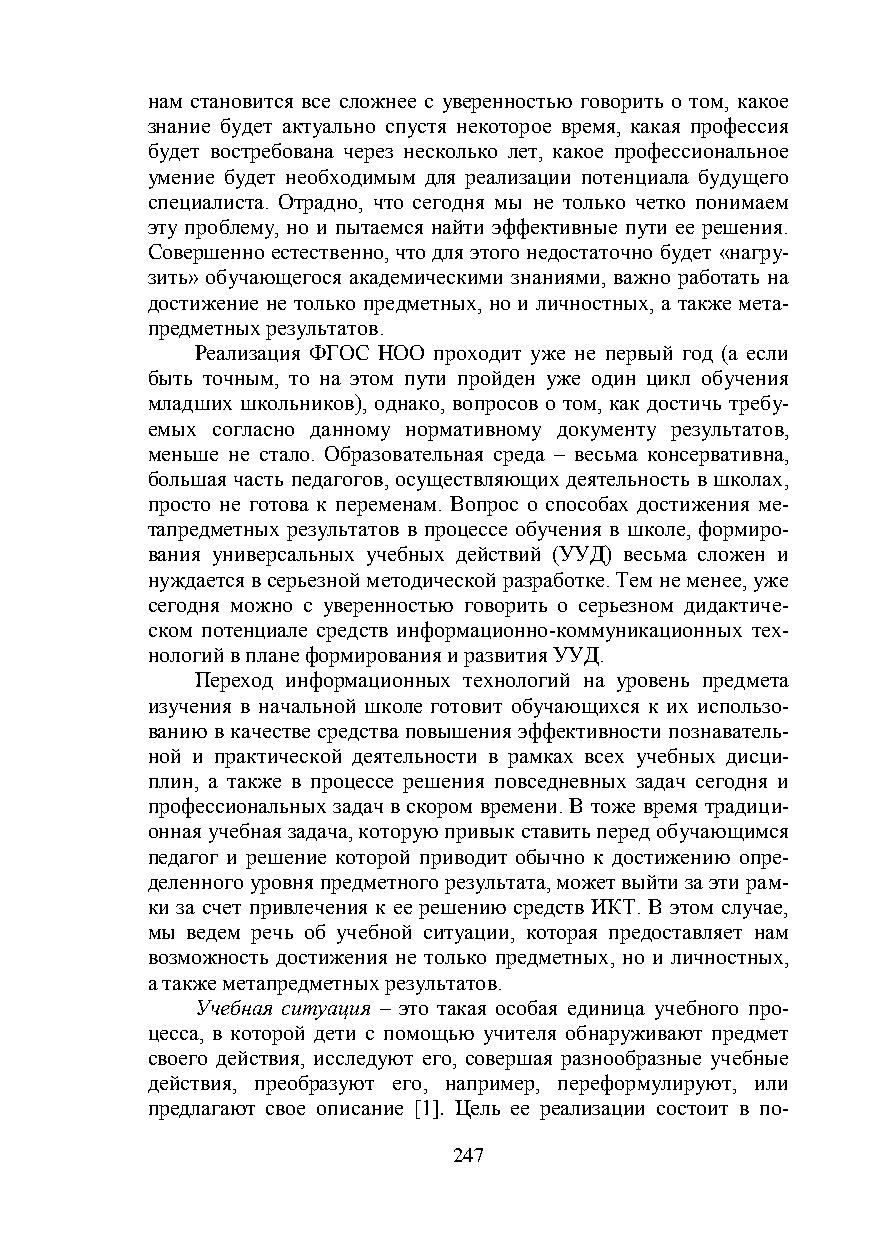
нам становится все сложнее с уверенностью говорить о том, какое
 знание будет актуально спустя некоторое время, какая профессия
 будет востребована через несколько лет, какое профессиональное
 умение будет необходимым для реализации потенциала будущего
 специалиста. Отрадно, что сегодня мы не только четко понимаем
 эту проблему, но и пытаемся найти эффективные пути ее решения.
 Совершенно естественно, что для этого недостаточно будет «нагру-
 зить» обучающегося академическими знаниями, важно работать на
 достижение не только предметных, но и личностных, а также мета-
 предметных результатов.
 Реализация ФГОС НОО проходит уже не первый год (а если
 быть точным, то на этом пути пройден уже один цикл обучения
 младших школьников), однако, вопросов о том, как достичь требу-
 емых согласно данному нормативному документу результатов,
 меньше не стало. Образовательная среда – весьма консервативна,
 большая часть педагогов, осуществляющих деятельность в школах,
 просто не готова к переменам. Вопрос о способах достижения ме-
 тапредметных результатов в процессе обучения в школе, формиро-
 вания универсальных учебных действий (УУД) весьма сложен и
 нуждается в серьезной методической разработке. Тем не менее, уже
 сегодня можно с уверенностью говорить о серьезном дидактиче-
 ском потенциале средств информационно-коммуникационных тех-
 нологий в плане формирования и развития УУД.
 Переход информационных технологий на уровень предмета
 изучения в начальной школе готовит обучающихся к их использо-
 ванию в качестве средства повышения эффективности познаватель-
 ной и практической деятельности в рамках всех учебных дисци-
 плин, а также в процессе решения повседневных задач сегодня и
 профессиональных задач в скором времени. В тоже время традици-
 онная учебная задача, которую привык ставить перед обучающимся
 педагог и решение которой приводит обычно к достижению опре-
 деленного уровня предметного результата, может выйти за эти рам-
 ки за счет привлечения к ее решению средств ИКТ. В этом случае,
 мы ведем речь об учебной ситуации, которая предоставляет нам
 возможность достижения не только предметных, но и личностных,
 а также метапредметных результатов.
 Учебная ситуация – это такая особая единица учебного про-
 цесса, в которой дети с помощью учителя обнаруживают предмет
 своего действия, исследуют его, совершая разнообразные учебные
 действия, преобразуют его, например, переформулируют, или
 предлагают свое описание [1]. Цель ее реализации состоит в по-
 247